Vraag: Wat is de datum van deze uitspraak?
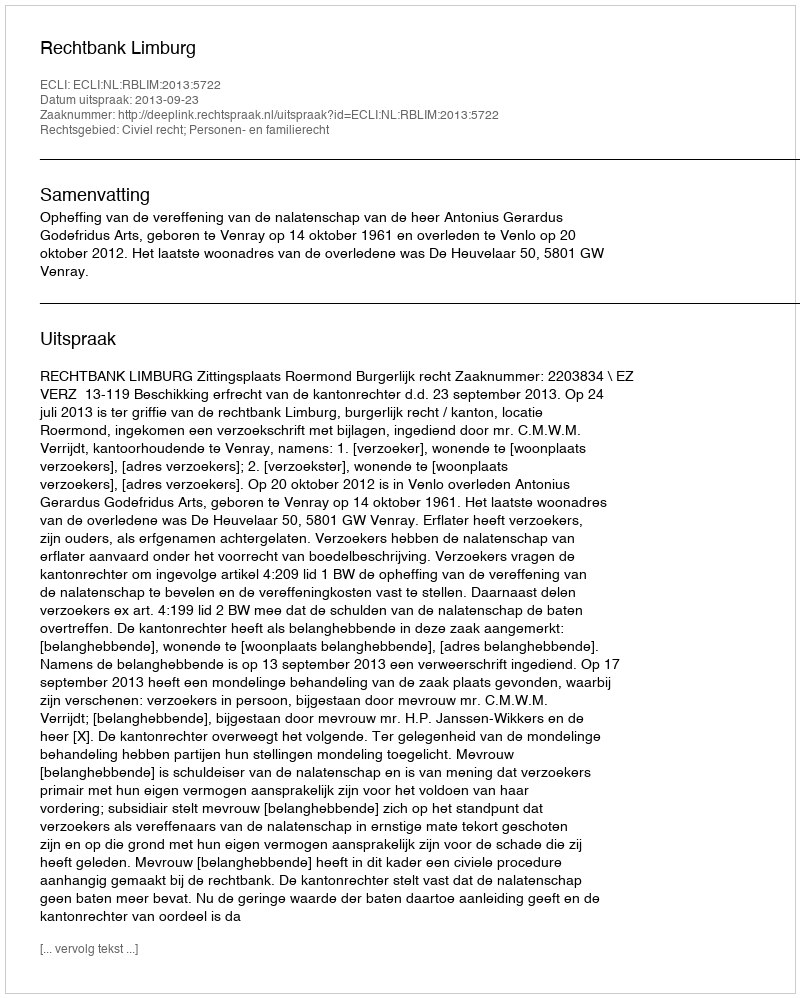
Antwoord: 2013-09-23